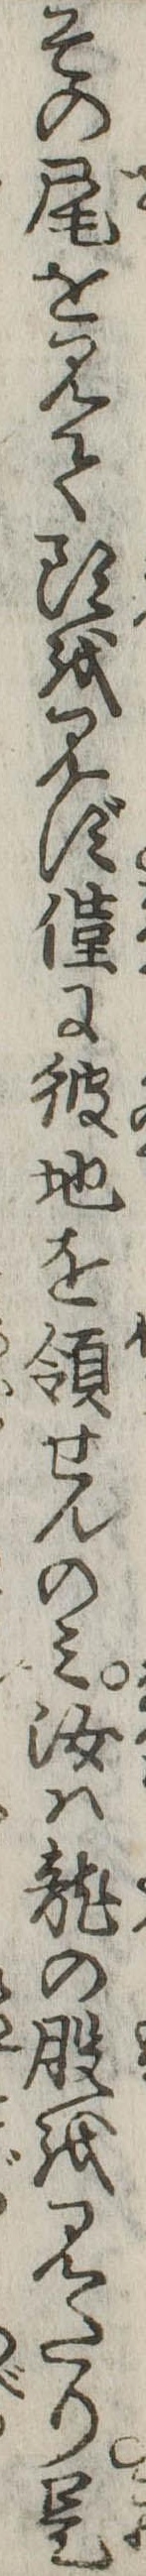
その尾を見て頭を見ず僅に彼地を領せんのみ汝は竜の股を見たり是